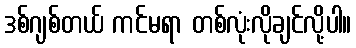
ဒစ်ဂျစ်တယ် ကင်မရာ တစ်လုံးလိုချင်လို့ပါ။